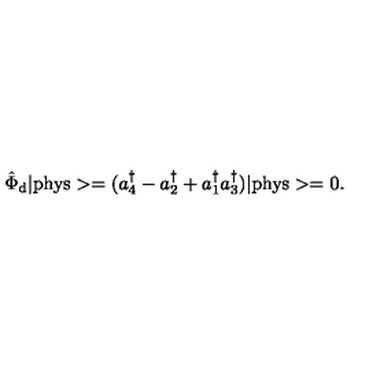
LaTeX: \hat { \Phi } _ { \mathrm { d } } \vert \mathrm { p h y s } > = ( a _ { 4 } ^ { \dagger } - a _ { 2 } ^ { \dagger } + a _ { 1 } ^ { \dagger } a _ { 3 } ^ { \dagger } ) \vert \mathrm { p h y s } > = 0 .